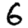
Digit: 6